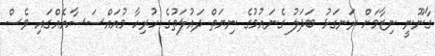
ގާނޫނީ ނިޒާމަށް ރަނގަޅު ބަދަލު ގެނައުމުގެ ނިޔަތް ދައުލަތުގެ ހުރިހާ މުއައްސަސާއެއްގައި ވެސް